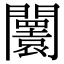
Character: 𨷤